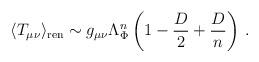
LaTeX: \begin{align*}\langle T_{\mu\nu}\rangle_{\rm ren}\sim g_{\mu\nu}\Lambda_\Phi^n\left(1-\frac{D}{2}+\frac{D}{n}\right)\,.\end{align*}